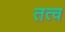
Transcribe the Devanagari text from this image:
तत्व